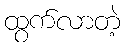
ထွက်လာတဲ့